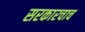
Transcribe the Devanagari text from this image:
सरकारचाच